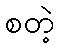
စတဲ့